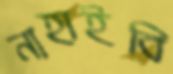
নাহাইবি